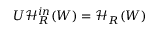
U \mathcal { H } _ { R } ^ { i n } ( W ) = \mathcal { H } _ { R } ( W )